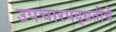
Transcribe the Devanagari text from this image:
उपचारपद्धतीचे